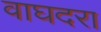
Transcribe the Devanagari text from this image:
वाघदरा